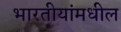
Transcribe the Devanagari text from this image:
भारतीयांमधील